Calcutta medical institutions reports 1879-81 [i.e.91]
Year: 1879
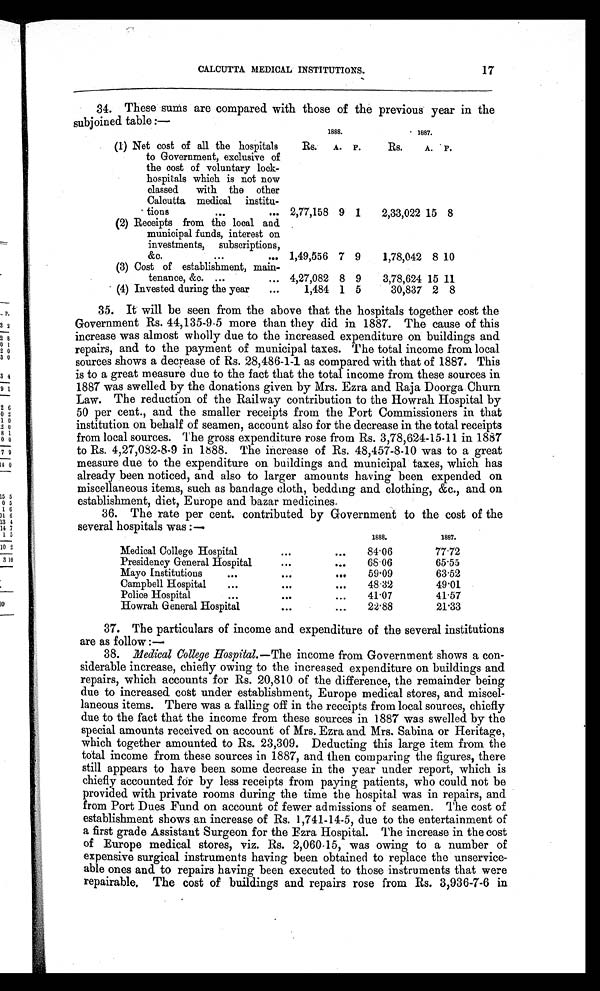
P.
32
28
0 1
20
3 0
3 4
91
2 6
02
1 0
.2 0
8 1
0 0
79
14 0
15 5
05
1 6
11 6
13 4
14 7
1 5
10 2
3 10
39
CALCUTTA MEDICAL INSTITUTIONS.
17
34. These sums are compared with those of the previous year in the
subjoined table :—
1888.
1887.
(1) Net cost of all the hospitals
to Government, exclusive of
the cost of voluntary lock -
hospitals which is not now
classed with the other
Calcutta medical institu -
tions
. . .
Rs.
A.
P.
Rs.
A.
P.
2,77,158
9
1
2,33,022 15
8
(2) Receipts from the local and
municipal funds, interest on
investments, subscriptions,
&c.
.
.
.
1,49,556
7
9
1,78,042
8 10
(3) Cost of establishment, main-
tenance &c. . . .
4,27,082
8
9
3,78,624 15 11
(4) Invested during the year . . .
1,484
1
5
30,837
2
8
3 5 . I t w i l l b e s e e n f r o m t h e a b o v e t h a t t h e h o s p i t a l s t o g e t h e r c o s t t h e
Government Rs. 44,135-9-5 more than they did in 1887. The cause of this
increase was almost wholly due to the increased expenditure on buildings and
repairs, and to the payment of municipal taxes. The total income from local
sources shows a decrease of Rs. 28,486-1-1 as compared with that of 1887. This
is to a great measure due to the fact that the total income from these sources in
1887 was swelled by the donations given by Mrs. Ezra and Raja Doorga Churn
Law. The reduction of the Railway contribution to the Howrah Hospital by
50 per cent., and the smaller receipts from the Port Commissioners in that
institution on behalf of seamen, account also for the decrease in the total receipts
from local sources. The gross expenditure rose from Rs. 3,78,624-15-11 in 1887
to Rs. 4,27,082-8-9 in 1888. The increase of Rs. 48,457-8-10 was to a great
measure due to the expenditure on buildings and municipal taxes, which has
already been noticed, and also to larger amounts having been expended on.
miscellaneous items, such as bandage cloth, bedding and clothing, &c., and on
establishment, diet, Europe and bazar medicines.
36. The rate per cent. contributed by Government to the cost of the
several hosnitals was:—
1888.
1887.
Medical College Hospital . . .
84.06
77.72
68 . 06
65.55
Presidency General Hospital . . .
Mayo Institutions . . .
59 . 09
63.52
Campbell Hospital . . .
48 . 32
49.01
41 . 07
41.57
Police Hospital . . .
22.88
21.33
Howrah General Hospital . . .
37. The particulars of income and expenditure of the several institutions
are as follow :—
3 8 . M e d i c a l C o l l e g e H o s p i t a l . —T
h eincome from Government shows a con-
siderable increase, chiefly owing to the increased expenditure on buildings and
repairs, which accounts for Rs. 20,810 of the difference, the remainder being
due to increased cost under establishment, Europe medical stores, and miscel-
- l a n e o u s i t e m s . T h e r e w a s a f a l l i n g o f f i n t h e r e c e i p t s f r o m l o c a l s o u r c e s , c h i e f l y
due to the fact that the income from these sources in 1887 was swelled by the
special amounts received on account of Mrs. Ezra and Mrs. Sabina or Heritage,
which together amounted to Rs. 23,309. Deducting this large item from the
total income from these sources in 1887, and then comparing the figures, there
still appears to have been some decrease in the year under report, which is
chiefly accounted for by less receipts from paying patients, who could not be
provided with private rooms during the time the hospital was in repairs, and
from Port Dues Fund on account of fewer admissions of seamen. The cost of
establishment shows an increase of Rs. 1,741-14-5, due to the entertainment of
a first grade Assistant Surgeon for the Ezra Hospital. The increase in the cost
of Europe medical stores, viz. Rs. 2,060 . 15, was owing to a number of
expensive surgical instruments having been obtained to replace the unservice--
able ones and to repairs having been executed to those instruments that were
repairable. The cost of buildings and repairs rose from Rs. 3,936-7-6 in